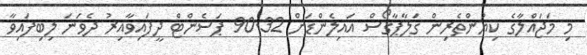
މި މަޖައްލާގެ ކިޔުންތެރިން ގަލާޕާގޯސް އައިލެންޑަށް 90.32 ޕަސެންޓް ދީފައިވާއިރު ދެވަނަ ލިބިފައިވާ